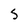
Character: S